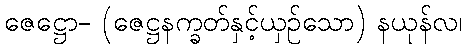
ဇေဋ္ဌော- (ဇေဋ္ဌနက္ခတ်နှင့်ယှဉ်သော) နယုန်လ၊